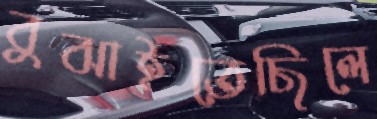
বুঝাইতেছিলে